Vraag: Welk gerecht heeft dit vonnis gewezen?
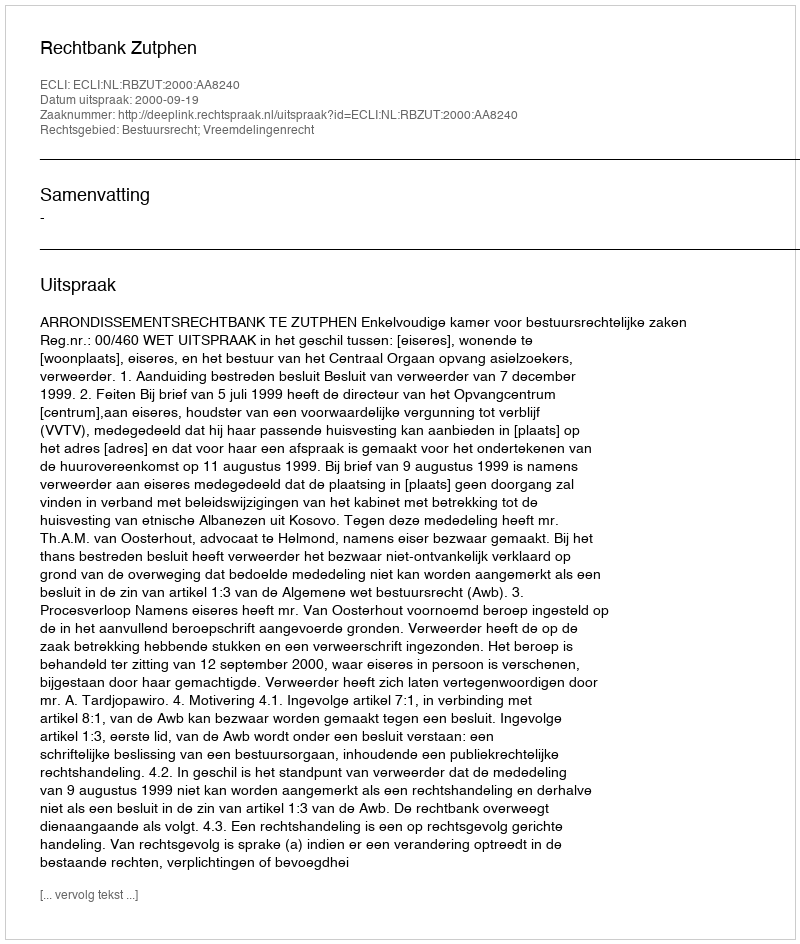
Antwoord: Rechtbank Zutphen